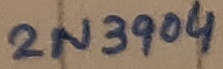
Text: 2N3904